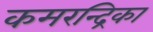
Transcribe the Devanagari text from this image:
कमरन्द्रिका